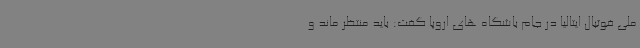
ملی فوتبال ایتالیا در جام باشگاه های اروپا گفت: باید منتظر ماند و